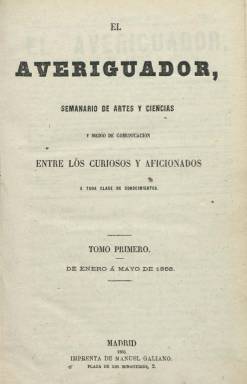
Título: El Averiguador (Madrid)
Colección: Preguntas y respuestas
Ámbito geográfico: Madrid
Lugar de publicación: Madrid
Fechas: 01/12/1867-31/12/1872

Como “semanario de artes y ciencias y medio de comunicación entre los curiosos y aficionados a toda clase de conocimientos”, publica su primer número el uno de diciembre de 1867, apareciendo desde el uno de enero de 1868 cada domingo, en entregas de ocho páginas, con foliación continuada, compuestas a dos columnas, con una sección principal, divida en dos partes. En la primera, se insertan breves Preguntas remitidas por los suscriptores o cualquier otro lector relativas a etimología, literatura, refranero, folclore, música, bellas artes, historia, bibliografía, biografía, diplomática, geografía, arqueología, epigrafía, paleografía, antigüedades, usos y costumbres, arte militar, historia natural o comercio e industria, entre otras materias, exceptuando las que pudieran rozar la religión o la política; y en la segunda, las Respuestas, la mayoría de ellas también breves, que podían ofrecer asimismo los lectores.

Las autorías de unas y otras podían ir firmadas con nombre completo, iniciales o seudónimo, o podían ser anónimas. A ello se suma una Revista de bellas artes y otra de Curiosidades, en donde aparecen textos clásicos o transcripciones de manuscritos medievales, entre otros, dándose noticias también de bibliografía u otros asuntos artísticos. La última plana la ocupa un anuncio de la revista mensual El Arte de España (1862-1870), fundada por el historiador, crítico de arte y periodista Gregorio Cruzada Villaamil (1832-1884), que será también el director de El Averiguador (Hartzenbusch: 1894), apareciendo indicado como editor responsable de este Aniceto Hidalgo.

El propio Villaamil firmará también respuestas y otros textos, así como Ceferino Araujo Sánchez, E. Mélida o E. Lafuente, entre otros aficionados o estudiosos del conocimiento cultural e histórico. Su director pretende que El Averiguador sea en España lo que eran otras publicaciones extranjeras del mismo carácter, como las Notes and Queries, de Londres, que se venían publicando desde 1849; De Navorscher, en Ámsterdam, desde 1851; el Historical magazine, de Boston, desde 1857, o L’Intermediaire des chercheurs et curieux parisino desde 1864; es decir, un “medio de comunicación” y para el comercio entre las gentes literarias y artísticas, anticuarios, arqueólogos, genealogistas, bibliófilos e investigadores, entre otros, y que en España había tenido un precedente en el periódico barcelonés El Consultor universal (1865-1866).

Comienza a ser estampado en la Imprenta de la Biblioteca Universal Económica, y después en la de Manuel Galiano. Aunque señalaba que no se publicaría los meses de julio, agosto y septiembre, en su entrega número 22, del 31 de mayo de 1868, anuncia su suspensión en una nota de su administrador, Segundo Abadía. Hasta aquí forma un primer tomo de 351 páginas, incluyendo las dos de un Índice de preguntas y respuestas.

A partir del uno de enero de 1871 inicia una segunda época, ahora con el subtítulo “correspondencia entre curiosos, literatos, anticuarios, etc.”, empezando sus entregas con un sumario, que ahora serán quincenales, apareciendo los días uno y quince de cada mes, y duplicando sus páginas, hasta 16, siendo estampadas en la Imprenta de M. Rivadeneyra. Incluirá secciones nuevas, como Filatelia, Sigilografía y Movimiento bibliográfico y numismático, y alguna gacetilla.

A partir de enero de 1872 aparece indicado como su director y propietario el escritor, científico e ingeniero militar Eduardo de Mariátegui y Martín (1835-1880), que también lo fue de El Museo de la industria (1869-1873) y perteneció a la junta de gobierno de la Sociedad de Bibliófilos Españoles entre 1868 y 1875.

La colección de la Biblioteca Nacional de España (BNE) de este título acaba en el número 48, del 31 de diciembre de 1872, integrando esta segunda época dos tomos anuales, incluyendo el de 1871 un total de 384 páginas y un índice de dieciséis; y el de 1872, 384 páginas, pero sin índice. Al parecer, llegó a publicar también los cuatro números correspondientes a los meses de enero y febrero de 1873.

En enero de 1876 reapareció, estampado en la Imprenta de Víctor Sáiz, igualmente en entregas de 16 páginas, compuestas a dos columnas, siendo esta su tercera época, que alcanzó hasta 1877, con la edición de once números, siendo entonces su director Mariano Vergara. Y entre 1879 y 1882 tuvo su cuarta época, con el título El Averiguador universal, dirigido ahora por el presbítero José María Sbarbi, que integra también la colección de la BNE.